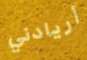
أريادني